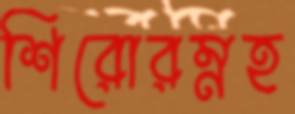
শিরোরম্নহ